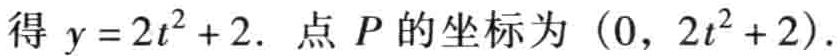
得 \(y = 2t^{2}+2\). 点 \(P\) 的坐标为 \((0, 2t^{2}+2)\).